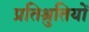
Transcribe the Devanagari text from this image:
प्रतिश्रुतियों